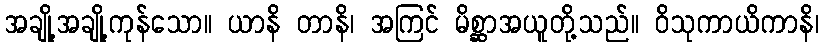
အချို့အချို့ကုန်သော။ ယာနိ တာနိ၊ အကြင် မိစ္ဆာအယူတို့သည်။ ဝိသုကာယိကာနိ၊